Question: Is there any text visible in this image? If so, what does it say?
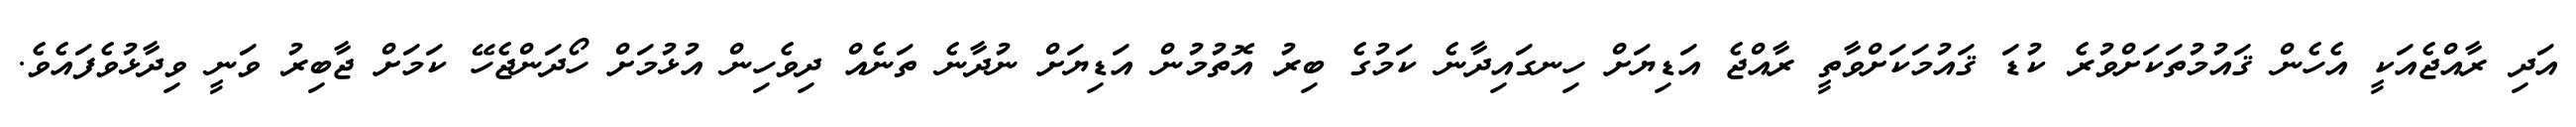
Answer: އަދި ރާއްޖެއަކީ އެހެން ޤައުމުތަކަށްވުރެ ކުޑަ ޤައުމަކަށްވާތީ ރާއްޖެ އަޑިޔަށް ހިނގައިދާނެ ކަމުގެ ބިރު އޮތުމުން އަޑިޔަށް ނުދާނެ ތަނެއް ދިވެހިން އުޅުމަށް ހޯދަންޖެހޭ ކަމަށް ޖާބިރު ވަނީ ވިދާޅުވެފައެވެ.